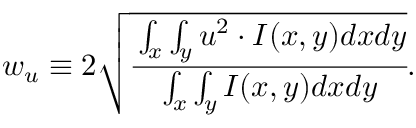
w _ { u } \equiv 2 \sqrt { \cfrac { \int _ { x } \int _ { y } u ^ { 2 } \cdot I ( x , y ) d x d y } { \int _ { x } \int _ { y } I ( x , y ) d x d y } } .